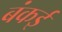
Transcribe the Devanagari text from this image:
बंकई